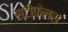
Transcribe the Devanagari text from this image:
स्टोफेलस